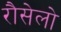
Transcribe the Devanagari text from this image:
रौसेलो